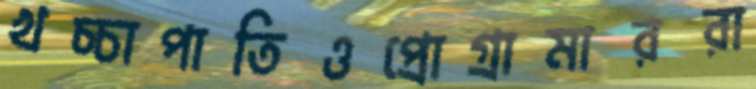
খচ্চাপাতিওপ্রোগ্রামাররা